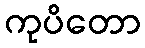
ကုပိတော